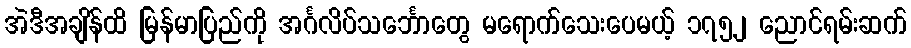
အဲဒီအချိန်ထိ မြန်မာပြည်ကို အင်္ဂလိပ်သင်္ဘောတွေ မရောက်သေးပေမယ့် ၁၇၅၂ ညောင်ရမ်းဆက်